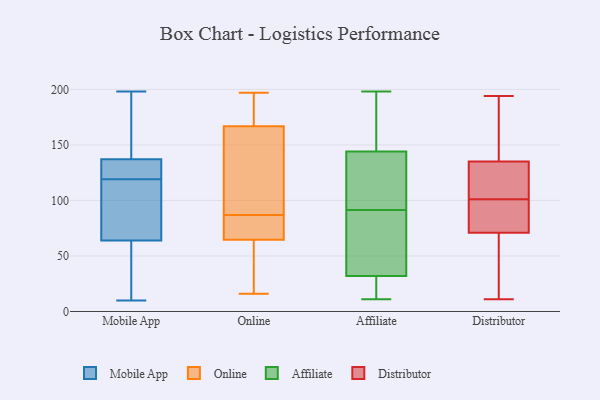
{"axis": {"x": "Humidity (%)", "y": "Value"}, "legend": ["Affiliate", "Distributor", "Mobile App", "Online"], "data": [{"x": "", "y": 160, "type": "Mobile App"}, {"x": "", "y": 198, "type": "Mobile App"}, {"x": "", "y": 111, "type": "Mobile App"}, {"x": "", "y": 117, "type": "Mobile App"}, {"x": "", "y": 122, "type": "Mobile App"}, {"x": "", "y": 118, "type": "Mobile App"}, {"x": "", "y": 42, "type": "Mobile App"}, {"x": "", "y": 154, "type": "Mobile App"}, {"x": "", "y": 165, "type": "Mobile App"}, {"x": "", "y": 129, "type": "Mobile App"}, {"x": "", "y": 26, "type": "Mobile App"}, {"x": "", "y": 86, "type": "Mobile App"}, {"x": "", "y": 124, "type": "Mobile App"}, {"x": "", "y": 33, "type": "Mobile App"}, {"x": "", "y": 138, "type": "Mobile App"}, {"x": "", "y": 10, "type": "Mobile App"}, {"x": "", "y": 120, "type": "Mobile App"}, {"x": "", "y": 15, "type": "Mobile App"}, {"x": "", "y": 136, "type": "Mobile App"}, {"x": "", "y": 91, "type": "Mobile App"}, {"x": "", "y": 84, "type": "Online"}, {"x": "", "y": 55, "type": "Online"}, {"x": "", "y": 184, "type": "Online"}, {"x": "", "y": 191, "type": "Online"}, {"x": "", "y": 35, "type": "Online"}, {"x": "", "y": 197, "type": "Online"}, {"x": "", "y": 90, "type": "Online"}, {"x": "", "y": 132, "type": "Online"}, {"x": "", "y": 16, "type": "Online"}, {"x": "", "y": 123, "type": "Online"}, {"x": "", "y": 87, "type": "Online"}, {"x": "", "y": 139, "type": "Online"}, {"x": "", "y": 72, "type": "Online"}, {"x": "", "y": 62, "type": "Online"}, {"x": "", "y": 73, "type": "Online"}, {"x": "", "y": 176, "type": "Online"}, {"x": "", "y": 57, "type": "Online"}, {"x": "", "y": 79, "type": "Online"}, {"x": "", "y": 176, "type": "Online"}, {"x": "", "y": 155, "type": "Affiliate"}, {"x": "", "y": 144, "type": "Affiliate"}, {"x": "", "y": 17, "type": "Affiliate"}, {"x": "", "y": 49, "type": "Affiliate"}, {"x": "", "y": 151, "type": "Affiliate"}, {"x": "", "y": 140, "type": "Affiliate"}, {"x": "", "y": 22, "type": "Affiliate"}, {"x": "", "y": 101, "type": "Affiliate"}, {"x": "", "y": 32, "type": "Affiliate"}, {"x": "", "y": 127, "type": "Affiliate"}, {"x": "", "y": 198, "type": "Affiliate"}, {"x": "", "y": 31, "type": "Affiliate"}, {"x": "", "y": 70, "type": "Affiliate"}, {"x": "", "y": 123, "type": "Affiliate"}, {"x": "", "y": 11, "type": "Affiliate"}, {"x": "", "y": 82, "type": "Affiliate"}, {"x": "", "y": 61, "type": "Affiliate"}, {"x": "", "y": 167, "type": "Affiliate"}, {"x": "", "y": 77, "type": "Distributor"}, {"x": "", "y": 144, "type": "Distributor"}, {"x": "", "y": 94, "type": "Distributor"}, {"x": "", "y": 91, "type": "Distributor"}, {"x": "", "y": 102, "type": "Distributor"}, {"x": "", "y": 126, "type": "Distributor"}, {"x": "", "y": 69, "type": "Distributor"}, {"x": "", "y": 11, "type": "Distributor"}, {"x": "", "y": 175, "type": "Distributor"}, {"x": "", "y": 138, "type": "Distributor"}, {"x": "", "y": 194, "type": "Distributor"}, {"x": "", "y": 101, "type": "Distributor"}, {"x": "", "y": 46, "type": "Distributor"}, {"x": "", "y": 105, "type": "Distributor"}, {"x": "", "y": 60, "type": "Distributor"}]}